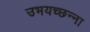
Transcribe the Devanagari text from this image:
उभयच्छन्ना